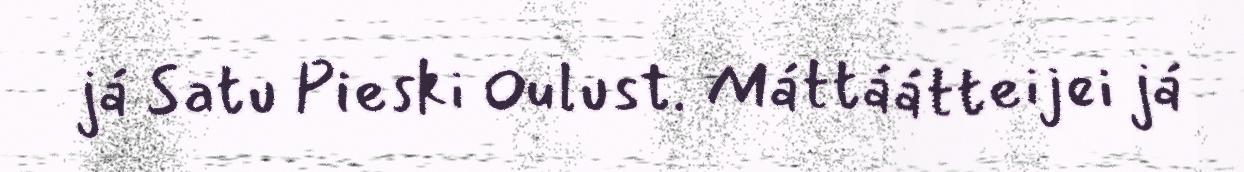
já Satu Pieski Oulust. Máttáátteijei já